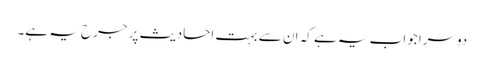
دوسرا جواب یہ ہے کہ ان سے بہت احادیث پر جرح یہ ہے۔